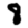
Digit: 8